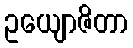
ဥယျောဇိတာ